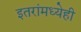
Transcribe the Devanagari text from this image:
इतरांमध्येही